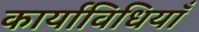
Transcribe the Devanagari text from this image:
कार्याविधियाँ